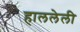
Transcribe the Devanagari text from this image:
हाललेली